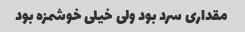
مقداری سرد بود ولی خیلی خوشمزه بود